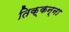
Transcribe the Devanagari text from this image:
तिक्कन्ना